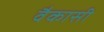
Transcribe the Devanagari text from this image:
वैकासी